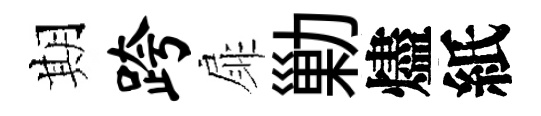
期跨扉勦燼紙